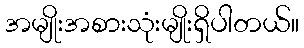
အမျိုးအစားသုံးမျိုးရှိပါတယ်။